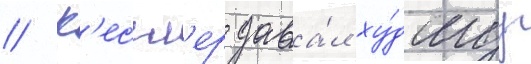
// К'ессл'ер дава́л ху́дшуу